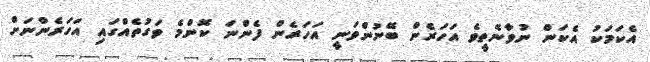
އެކަމަކު އެކަން ނުވާނެތީވެ އަހަރެން ބޭނުންވަނީ އަހަރެން ފެންނަ ކޮންމެ ވަގުތެއްގައި އަހަރެންނަށް